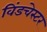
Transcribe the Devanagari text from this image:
विंडचेस्टर